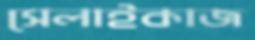
সেলাইকাজ